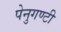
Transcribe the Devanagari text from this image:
पेनुगण्टी